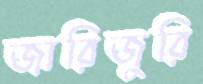
জারিজুরি